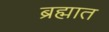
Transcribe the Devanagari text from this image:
ब्रह्मात